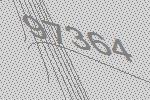
97364